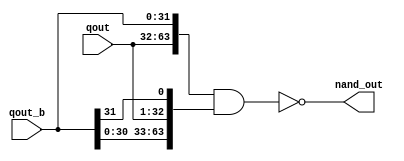
module nand_64_2 (qout,qout_b, nand_out );
  input [31:0] qout;
   input [31:0] qout_b;
   output [63:0] nand_out;
   assign nand_out = ~({qout[31:0], qout_b[31:0]} & {qout_b[30:0], qout[31:0],qout_b[31]});
   
endmodule